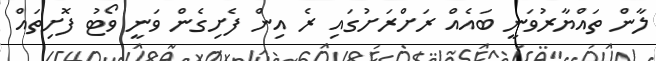
ލާން ތައްޔާރުވަނީ ބައެއް ރަށްރަށުގައި ރެ އިން ފެށިގެން ވަނީ ވޯޓު ފޮށިތައް